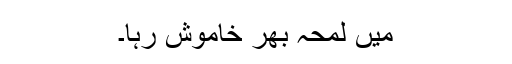
میں لمحہ بھر خاموش رہا۔